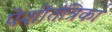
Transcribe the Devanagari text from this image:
पेशीतंत्रिका